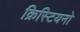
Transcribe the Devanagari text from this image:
क्रिस्टियनो